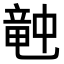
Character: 𥪝